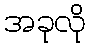
အခုလို